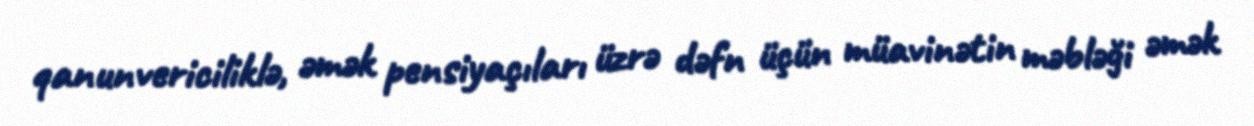
qanunvericiliklə, əmək pensiyaçıları üzrə dəfn üçün müavinətin məbləği əmək